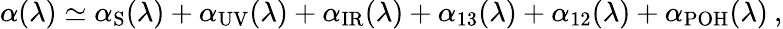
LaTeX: \alpha(\lambda)\simeq\alpha_{\mathrm{S}}(\lambda)+\alpha_{\mathrm{UV}}(\lambda)+\alpha_{\mathrm{IR}}(\lambda)+\alpha_{13}(\lambda)+\alpha_{12}(\lambda)+\alpha_{\mathrm{POH}}(\lambda)\: ,